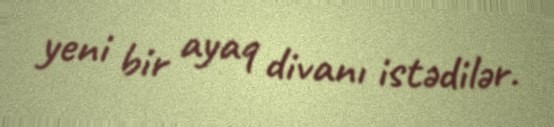
yeni bir ayaq divanı istədilər.